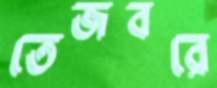
তেজবরে